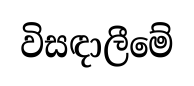
විසඳාලීමේ